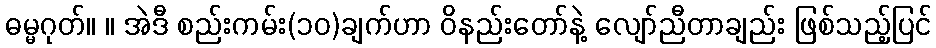
ဓမ္မဂုတ်။ ။ အဲဒီ စည်းကမ်း(၁၀)ချက်ဟာ ဝိနည်းတော်နဲ့ လျော်ညီတာချည်း ဖြစ်သည့်ပြင်